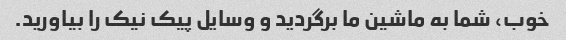
خوب، شما به ماشین ما برگردید و وسایل پیک نیک را بیاورید.